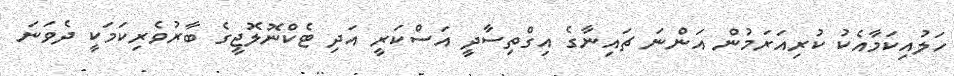
ހަލުއިކަމާއެކު ކުރިއަރަމުން އަންނަ ޗައިނާގެ އިގްތިސާދީ އަސްކަރީ އަދި ޓެކްނޮލޮޖީގެ ބާރުވެރިކަމަކީ ދެވަނަ